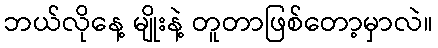
ဘယ်လိုနေ့ မျိုးနဲ့ တူတာဖြစ်တော့မှာလဲ။